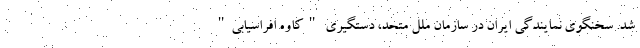
شد. سخنگوی نمایندگی ایران در سازمان ملل متحد، دستگیری "کاوه افراسیابی"